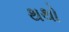
થથો